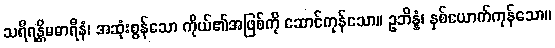
သရီရန္တိမဓာရီနံ၊ အဆုံးစွန်သော ကိုယ်၏အဖြစ်ကို ဆောင်ကုန်သော။ ဥဘိန္နံ၊ နှစ်ယောက်ကုန်သော။